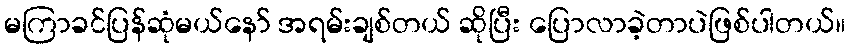
မကြာခင်ပြန်ဆုံမယ်နော် အရမ်းချစ်တယ် ဆိုပြီး ပြောလာခဲ့တာပဲဖြစ်ပါတယ်။